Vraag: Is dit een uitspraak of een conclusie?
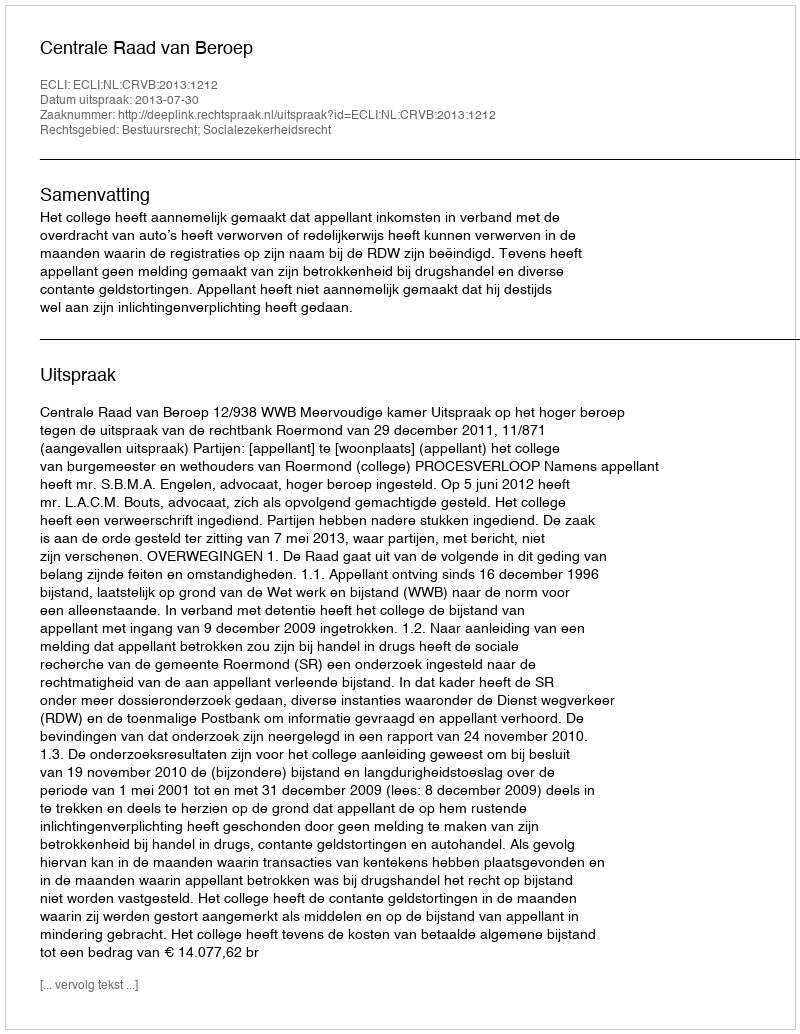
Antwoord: Uitspraak